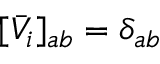
[ \bar { V } _ { i } ] _ { a b } = \delta _ { a b }